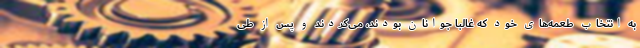
به انتخاب طعمه‌های خود که غالباً جوانان بودند، می‌کردند و پس از طی